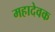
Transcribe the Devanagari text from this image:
महादेवक